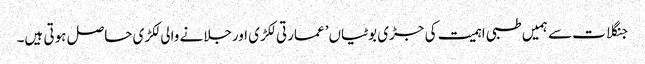
جنگلات سے ہمیں طبی اہمیت کی جڑی بوٹیاں’ عمارتی لکڑی اورجلانے والی لکڑی حاصل ہوتی ہیں۔